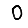
Digit: 0